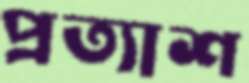
প্রত্যাশ